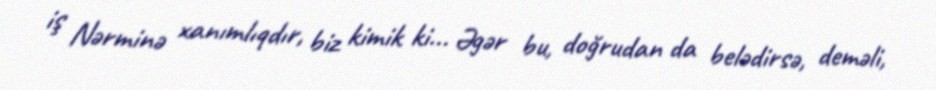
iş Nərminə xanımlıqdır, biz kimik ki... Əgər bu, doğrudan da belədirsə, deməli,